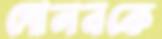
দোলনকে